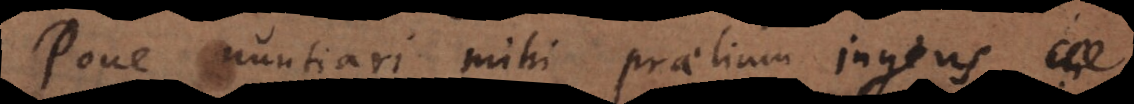
Pone nuntiari mihi praelium ingens,